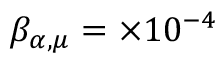
\beta _ { \alpha , \mu } = \times 1 0 ^ { - 4 }